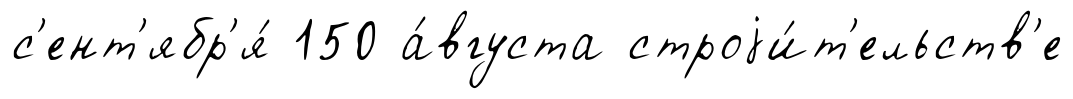
с'ент'ябр'я́ 150 а́вгуста строjи́т'ельств'е